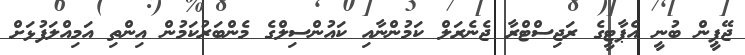
ޖޭޕީން ބުނީ އެޕާޓީގެ ރަޖިސްޓްރާ ޖެނެރަލް ކަމުންނާއި ކައުންސިލްގެ މެންބަރުކަމުން އިންތި އަމިއްލަފުޅަށް